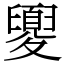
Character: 夓